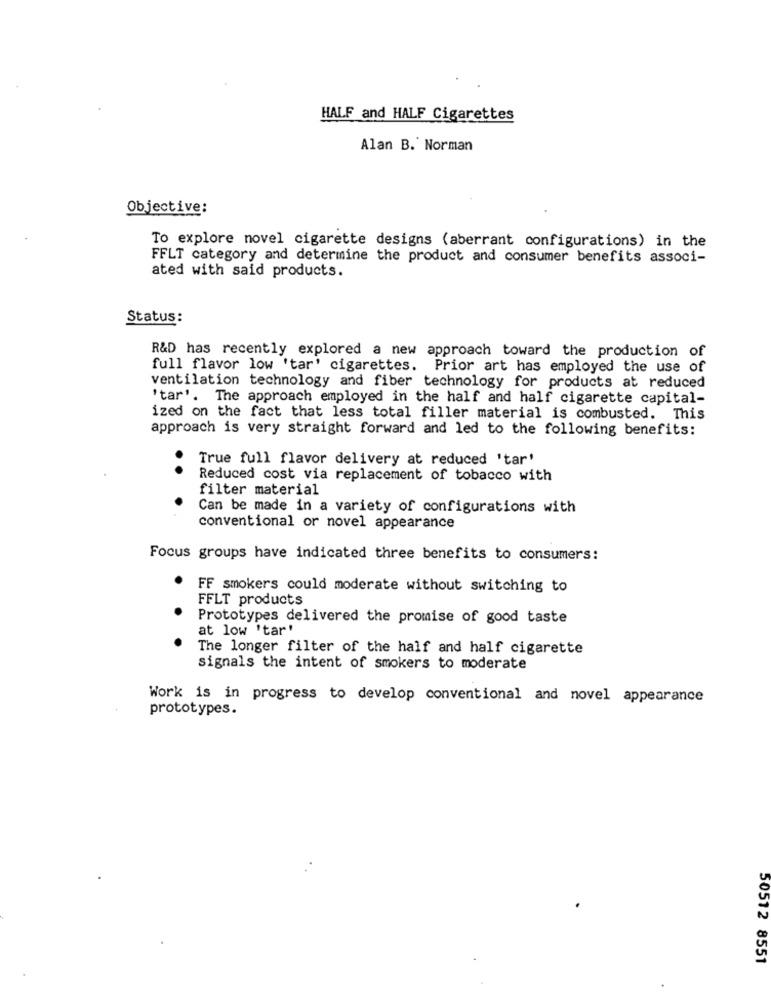
HALF and HALF Cigarettes
Alan B. Norman
Objective:
To explore novel cigarette designs (aberrant configurations) in the
FFLT category and determine the product and consumer benefits associ-
ated with said products.
Status:
R&D has recently explored a new approach toward the production of
full flavor low 'tar' cigarettes. Prior art has employed the use of
ventilation technology and fiber technology for products at reduced
'tar'. The approach employed in the half and half cigarette capital-
ized on the fact that less total filler material is combusted. This
approach is very straight forward and led to the following benefits:
True full flavor delivery at reduced 'tar'
..
Reduced cost via replacement of tobacco with
filter material
Can be made in a variety of configurations with
conventional or novel appearance
Focus groups have indicated three benefits to consumers:
FF smokers could moderate without switching to
FFLT products
Prototypes delivered the promise of good taste
at low 'tar'
The longer filter of the half and half cigarette
signals the intent of smokers to moderate
Work is in progress to develop conventional and novel appearance
prototypes.
50512 8551